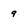
Character: 9